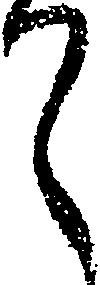
て